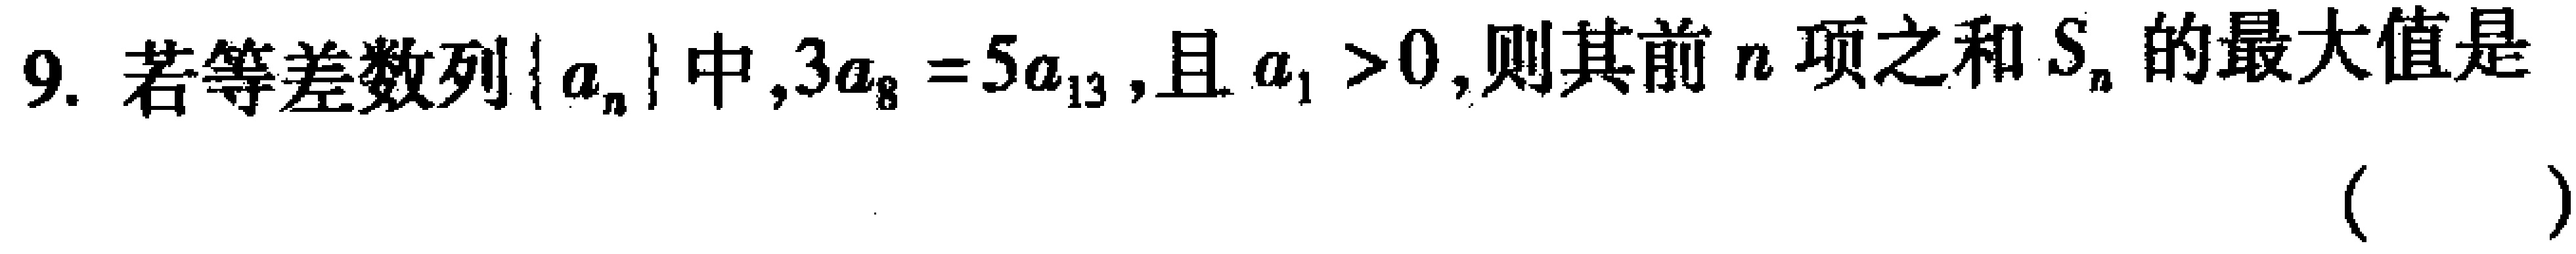
9. 若等差数列\(\{ a_{n}\}\)中，\(3a_{8}=5a_{13}\)，且\(a_{1}>0\)，则其前\(n\)项之和\(S_{n}\)的最大值是（  ）